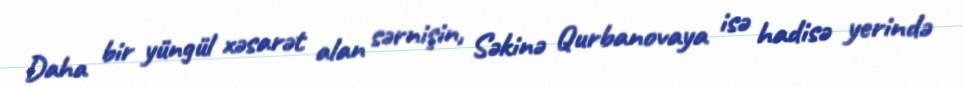
Daha bir yüngül xəsarət alan sərnişin, Səkinə Qurbanovaya isə hadisə yerində